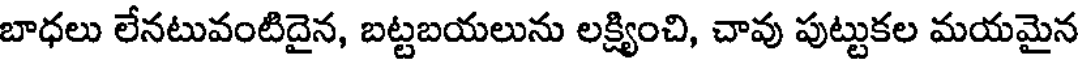
బాధలు లేనటువంటిదైన, బట్టబయలును లక్ష్యించి, చావు పుట్టుకల మయమైన